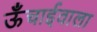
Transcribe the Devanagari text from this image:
ऊँचाईवाला